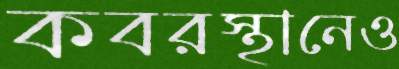
কবরস্থানেও